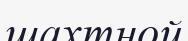
шахтной